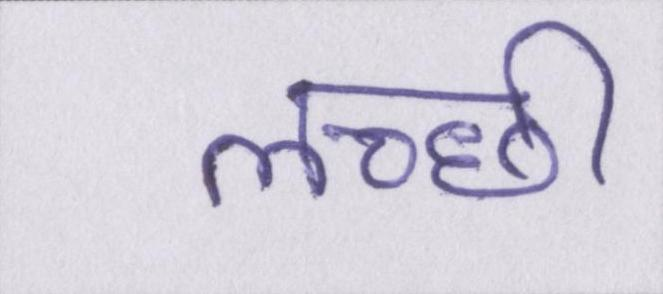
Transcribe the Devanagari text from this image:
लच्छी